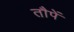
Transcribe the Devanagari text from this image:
तौपें